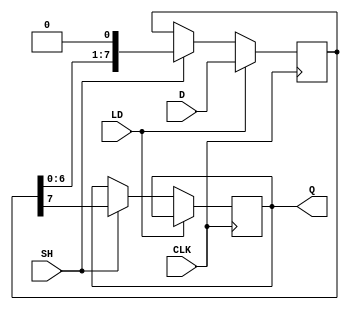
module PISO_Register (
    input wire [7:0] D,      // 8-bit parallel input data
    input wire LD,           // Load control signal
    input wire SH,           // Shift control signal
    input wire CLK,          // Clock signal
    output reg Q             // Serial output
);

    reg [7:0] shift_reg;     // 8-bit shift register to hold data

    always @(posedge CLK) begin
        if (LD) begin
            // Load data into the shift register
            shift_reg <= D;
        end else if (SH) begin
            // Shift data out serially
            Q <= shift_reg[7]; // Output the MSB
            shift_reg <= {shift_reg[6:0], 1'b0}; // Shift left, fill LSB with 0
        end
    end

endmodule